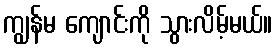
ကျွန်မ ကျောင်းကို သွားလိမ့်မယ်။